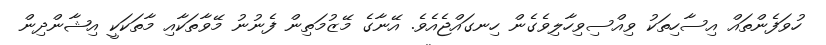
ހުވަފެންތައް އިސާހިތަކު ވިއްސިވިހާލިވެގެން ހިނގައްޖެއެވެ. އޭނާގެ މޭޒުމަތިން ފެނުނު މޭވާތަކާއި މާތަކަކީ އިޝާންދިން